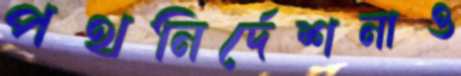
পথনির্দেশনাও